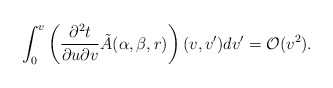
\begin{align*} \int_0^v\left(\frac{\partial^2t}{\partial u\partial v}\tilde{A}(\alpha,\beta,r)\right)(v,v')dv'=\mathcal{O}(v^2).\end{align*}